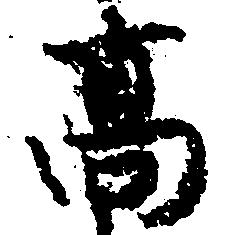
高